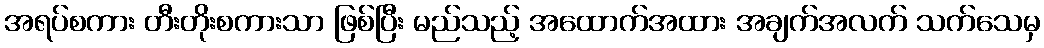
အရပ်စကား တီးတိုးစကားသာ ဖြစ်ပြီး မည်သည့် အထောက်အထား အချက်အလက် သက်သေမှ